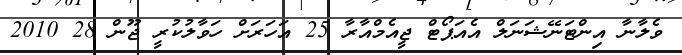
ވެލާނާ އިންޓަނޭޝަނަލް އެއަޕޯޓް ޖީއެމްއާރާ 25 އަހަރަށް ހަވާލުކުރީ ޖޫން 28 2010